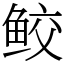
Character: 鲛